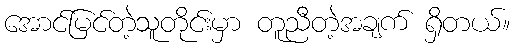
အောင်မြင်တဲ့သူတိုင်းမှာ တူညီတဲ့အချက် ရှိတယ်။